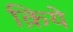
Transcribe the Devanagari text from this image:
क़िये